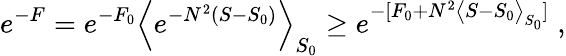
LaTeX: e^{-F}=e^{-F_{0}}\Big<e^{-N^{2}(S-S_{0})}\Big>_{S_{0}}\ge e^{-[F_{0}+N^{2}\big<S-S_{0}\big>_{S_{0}}]}\; ,